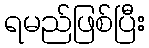
ရမည်ဖြစ်ပြီး